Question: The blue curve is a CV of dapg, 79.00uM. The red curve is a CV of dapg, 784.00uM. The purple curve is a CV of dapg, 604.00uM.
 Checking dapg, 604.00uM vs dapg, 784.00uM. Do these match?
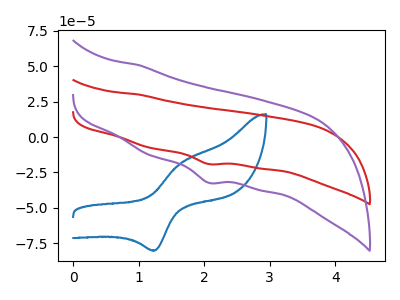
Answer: <think>The blue curve "dapg, 79.00uM" has an anodic peak at (1.65V, -18.85uA) and a cathodic peak at (1.25V, -80.00uA). The red curve "dapg, 784.00uM" has a cathodic peak at: (2.05V, -19.05uA). The purple curve "dapg, 604.00uM" has a cathodic peak at: (2.05V, -32.25uA).
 All the peaks in "dapg, 604.00uM" have a peak in "dapg, 784.00uM" at the same potential. Every peak in "dapg, 604.00uM" is higher than every peak in "dapg, 784.00uM".</think>
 <answer>"dapg, 604.00uM" and "dapg, 784.00uM" are similar in shape.</answer>
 <eval>same_shape</eval>